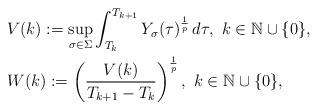
LaTeX: \begin{align*}&V(k):=\sup_{\sigma\in\Sigma}\int_{T_k}^{T_{k+1}}Y_\sigma(\tau)^\frac{1}{p}\,d\tau,\ k\in \mathbb{N}\cup\{0\},\\&W(k):=\left(\frac{V(k)}{T_{k+1}-T_k}\right)^\frac{1}{p},\ k\in \mathbb{N}\cup\{0\},\end{align*}